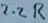
Text: 2.2R